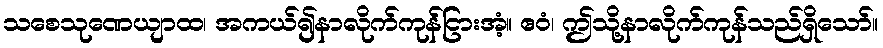
သစေသုဏေယျာထ၊ အကယ်၍နာလိုက်ကုန်ငြားအံ့။ ဧဝံ၊ ဤသို့နာလိုက်ကုန်သည်ရှိသော်။